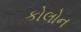
કોલોન